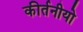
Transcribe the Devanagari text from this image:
कीर्तनीयो